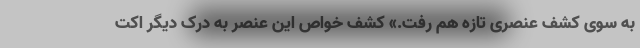
به سوی کشف عنصری تازه هم رفت.» کشف خواص این عنصر به درک دیگر اُکت